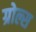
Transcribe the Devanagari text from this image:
ग्रोल्स